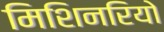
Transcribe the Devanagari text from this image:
मिशिनरियो